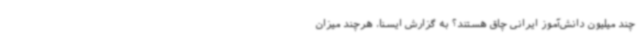
چند میلیون دانش‌آموز ایرانی چاق هستند؟ به گزارش ایسنا، هرچند میزان